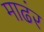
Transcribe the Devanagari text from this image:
माढंर